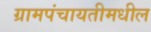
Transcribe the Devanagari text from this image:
ग्रामपंचायतीमधील